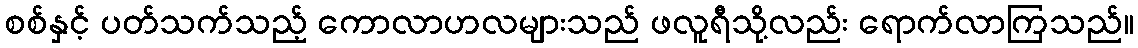
စစ်နှင့် ပတ်သက်သည့် ကောလာဟလများသည် ဖလူရီသို့လည်း ရောက်လာကြသည်။